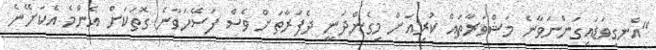
"އެނގިވަޑައިގަންނަވާނެ މަޝްވަރާތައް ކުރިއަށް މިގެންދަނީ ދެފަރާތަށް ވެސް ފަސޭހަވާނެ ގޮތަކަށް އެންމެ އެކަށޭނެ